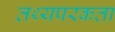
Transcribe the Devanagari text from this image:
तथ्यपरकता